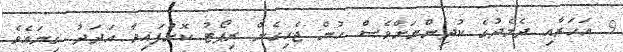
9 އަހަރާއި ދެމެދުގެ ކުދިންނަށްވެސް ހުން ޖެހިގެން ރިޕޯޓު ކޮށްފައިވާ އަދަދު ގިނައެވެ.